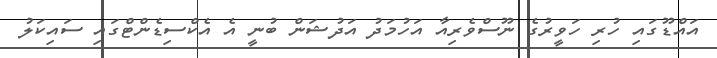
އައްޑޫގައި ހުރި ހަވީރުގެ ނޫސްވެރިއާ އަހުމަދު އަދުޝަން ބުނީ އެ އެކްސިޑެންޓްގައި ސައިކަލު